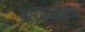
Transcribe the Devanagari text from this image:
मराठवाडय़ातल्या